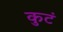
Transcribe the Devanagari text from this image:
कुटं